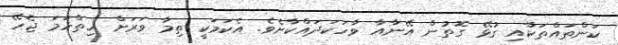
ކަންތައްތަކާއި ގުޅޭ ގޮތުން އޭނާއާ ވާހަކަދައްކާށެވެ. އެކަމަކީ ތިމާ ވަރަށް ހިތްހަމަ ޖެހޭ